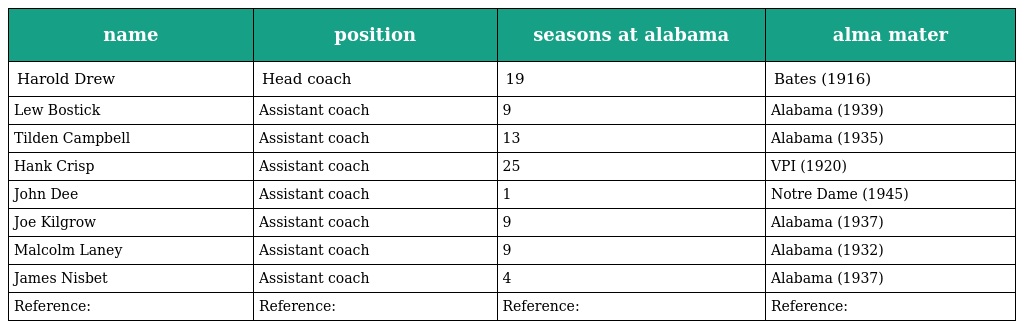
| name | position | seasons at alabama | alma mater |
 | --- | --- | --- | --- |
 | Harold Drew | Head coach | 19 | Bates (1916) |
 | Lew Bostick | Assistant coach | 9 | Alabama (1939) |
 | Tilden Campbell | Assistant coach | 13 | Alabama (1935) |
 | Hank Crisp | Assistant coach | 25 | VPI (1920) |
 | John Dee | Assistant coach | 1 | Notre Dame (1945) |
 | Joe Kilgrow | Assistant coach | 9 | Alabama (1937) |
 | Malcolm Laney | Assistant coach | 9 | Alabama (1932) |
 | James Nisbet | Assistant coach | 4 | Alabama (1937) |
 | Reference: | Reference: | Reference: | Reference: |